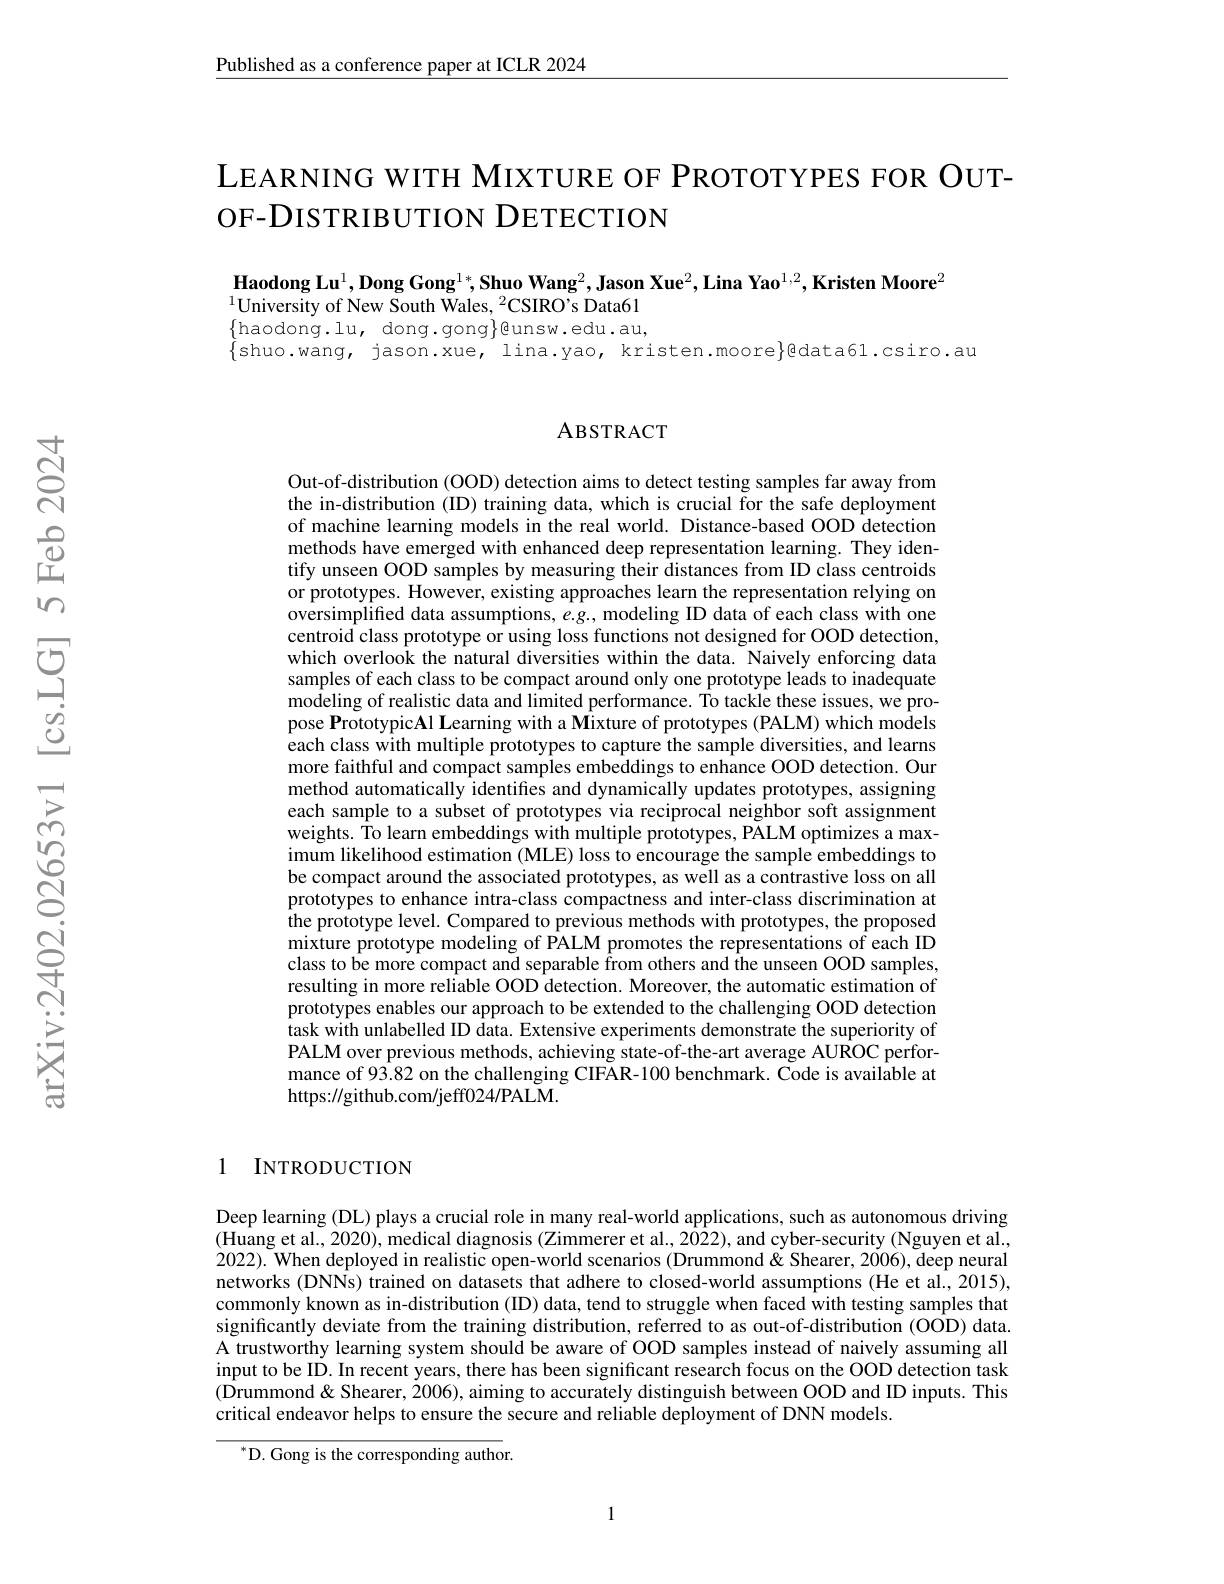
$\underline{\text{Published as a conference paper at ICLR 2024}}$

# LEARNING WITH MIXTURE OF PROTOTYPES FOR OUTOF-DISTRIBUTION DETECTION

$\textbf{Haodong Lu}^1,\textbf{Dong Gong}^{1*},\textbf{Shuo Wang}^2,\textbf{Jason Xue}^2,\textbf{Lina Yao}^{1,2},\textbf{Kristen Moore}^2$
$^{1}$University of New South Wales, $^2$CSIRO's Data61
$\begin{array}{ll}{\{\mathrm{haodong.lu,~dong.gong}\}@unsw.edu.au,}\\{\{\mathrm{shuo.wanq,~jason.xue,~lina.vao,~kristen.moore}\}}&{\mathrm{ledata61.csiro.au}}\end{array}$

### ABSTRACT

Out-of-distribution (OOD) detection aims to detect testing samples far away from the in-distribution (ID) training data, which is crucial for the safe deployment of machine learning models in the real world. Distance-based OOD detection methods have emerged with enhanced deep representation learning. They identify unseen OOD samples by measuring their distances from ID class centroids or prototypes. However, existing approaches learn the representation relying on $\hat{\text{oversimplified data assumptions, }e.g.}$,modeling ID data of each class with one $\hat{\text{centroid class prototype or using loss functions not designed for OOD detection,}}$ which overlook the natural diversities within the data. Naively enforcing data samples of each class to be compact around only one prototype leads to inadequate $\hat{\text{modeling of realistic data and limited performance. To tackle these issues, we pro-}}$ pose PrototypicAl Learning with a Mixture of prototypes (PALM) which models each class with multiple prototypes to capture the sample diversities, and learns more faithful and compact samples embeddings to enhance OOD detection. Our method automatically identifies and dynamically updates prototypes, assigning each sample to a subset of prototypes via reciprocal neighbor soft assignment weights. Îo learn embeddings with multiple prototypes, PÅLM optimizes a maximum likelihood estimation (MLE) loss to encourage the sample embeddings to be compact around the associated prototypes, as well as a contrastive loss on all prototypes to enhance intra-class compactness and inter-class discrimination at the prototype level. Compared to previous methods with prototypes, the proposed mixture prototype modeling of PALM promotes the representations of each ID class to be more compact and separable from others and the unseen OOD samples, resulting in more reliable OOD detection. Moreover, the automatic estimation of prototypes enables our approach to be extended to the challenging OOD detection task with unlabelled ID data. Extensive experiments demonstrate the superiority of PALM over previous methods, achieving state-of-the-art average AUROC performance of 93.82 on the challenging CIFAR-100 benchmark. Čode is available at https://github.com/jeff024/PALM.

1 INTRODUCTION

Deep learning (DL) plays a crucial role in many real-world applications, such as autonomous driving (Huang et al., 2020), medical diagnosis (Zimmerer et al., 2022), and cyber-security (Nguyen et al., 2022). When deployed in realistic open-world scenarios (Drummond&Shearer,2006), deep neural networks (DNNs) trained on datasets that adhere to closed-world assumptions (He et al., 2015), commonly known as in-distribution (ID) data, tend to struggle when faced with testing samples that significantly deviate from the training distribution, referred to as out-of-distribution (OOD) data. A trustworthy learning system should be aware of OOD samples instead of naively assuming all input to be ID. In recent years, there has been significant research focus on the OOD detection task (Drummond& Shearer, 2006), aiming to accurately distinguish between OOD and ID inputs. This critical endeavor helps to ensure the secure and reliable deployment of DNN models.

$^{*}$D. Gong is the corresponding author.

1